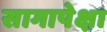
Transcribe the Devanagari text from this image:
सागापेक्षा